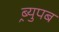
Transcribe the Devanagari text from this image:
ब्र्युपब